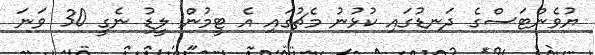
ޔުވެންޓަސްގެ ދަނޑުގައި ކުޅުނު މެޗުގައި އެ ޓީމުން ލީޑު ނެގީ 30 ވަނަ